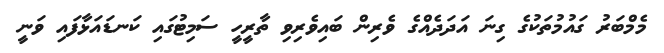
މެމްބަރު ގައުމުތަކުގެ ގިނަ އަދަދެއްގެ ވެރިން ބައިވެރިވި ތާރީހީ ސަމިޓުގައި ކަނޑައަޅާފައި ވަނީ